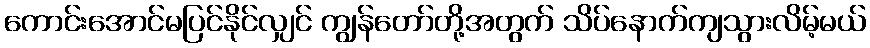
ကောင်းအောင်မပြင်နိုင်လျှင် ကျွန်တော်တို့အတွက် သိပ်နောက်ကျသွားလိမ့်မယ်